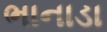
ભાનાડા